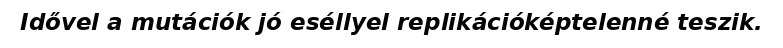
Idővel a mutációk jó eséllyel replikációképtelenné teszik.